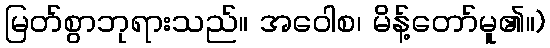
မြတ်စွာဘုရားသည်။ အဝေါစ၊ မိန့်တော်မူ၏။)